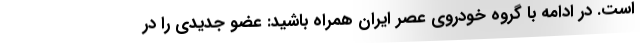
است. در ادامه با گروه خودروی عصر ایران همراه باشید: عضو جدیدی را در